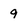
Character: 9